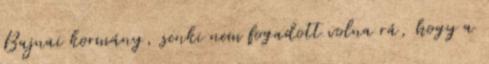
Bajnai kormány, senki nem fogadott volna rá, hogy a